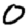
Digit: 0